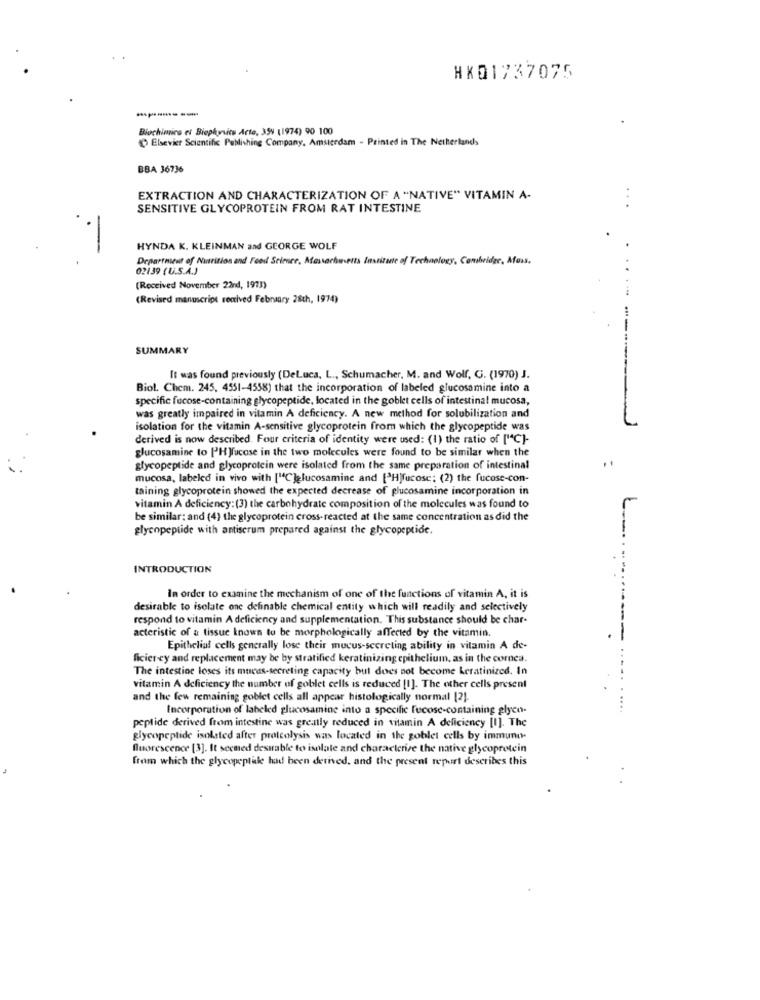
HK01737075
-------
Biochimica et Biophyvits Arte, 359 (1974) 90 100
Elsevier Scientific Publishing Company, Amsterdam - Printed in The Netherlands
BBA 36736
EXTRACTION AND CHARACTERIZATION OF A "NATIVE" VITAMIN A
SENSITIVE GLYCOPROTEIN FROM RAT INTESTINE
...
HYNDA K. KLEINMAN and GEORGE WOLF
Department of Naarition and Feoil Seimee, Afassorhuerta Institute of Technology, Cambridge, Mass.
02139 (U.S.A.)
(Received November 22nd, 1973)
(Revised manuscript recived February 28th, 1974)
--
SUMMARY
It was found previously (DeLuca, L ., Schumacher, M. and Wolf, G. (1970) J.
Biol. Chem. 245, 4551-4558) that the incorporation of labeled glucosamine into a
specific fucose-containing glycopeptide, located in the goblet cells of intestinal mucosa,
was greatly impaired in vitamin A deficiency. A new method for solubilization and
isolation for the vitamin A-sensitive glycoprotein from which the glycopeptide was
derived is now described. Four criteria of identity were used: (1) the ratio of ["C]-
glucosamine to ['HJfucose in the two molecules were found to be similar when the
glycopeptide and glycoprotein were isolated from the same preparation of intestinal
mucosa, labeled in vivo with ["C ]glucosamine and [>Hjfucose; (2) the fucose-con-
taining glycoprotein showed the expected decrease of glucosamine incorporation in
vitamin A deficiency: (3) the carbohydrate composition of the molecules was found to
be similar: and (4) the glycoprotein cross- reacted at the same concentration as did the
glycopeptide with antiscrum prepared against the glycopeptide.
INTRODUCTION
In order to examine the mechanism of one of the functions of vitamin A, it is
desirable to isolate one definable chemical entity which will readily and selectively
respond to vitamin A deficiency and supplementation. This substance should be char-
acteristic of a tissue known to be morphologically affected by the vitamin.
--
Epithelial cells generally lose their mucus-secreting ability in vitamin A de-
ficier ey and replacement may be by stratified keratinizing epithelium, as in the comca.
The intestine loses its mucos-secreting capacity but does not become keratinized. In
vitamin A deficiency the number of goblet cells is reduced [I]. The other cells present
and the few remaining goblet cells all appear histologically normal [2].
Incorporation of labeled glucosamine into a specific fucose-containing glyco-
peptide derived from intestine was greatly reduced in vitamin A deficiency [I]. The
glycopeptide isolated after proteolysis was located in the goblet cells by immuno.
fluorescence [3]. It seemed desuable to isolate and characterize the native glycoprotein
from which the glycopeptale had been derived, and the present repart describes this